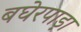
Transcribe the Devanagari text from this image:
बघेरपाड़ा